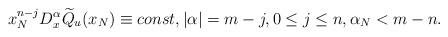
LaTeX: \begin{align*}x_{N}^{n-j}D_{x}^{\alpha}\widetilde{Q}_{u}(x_{N})\equiv const,|\alpha|=m-j,0\leq j\leq n,\alpha_{N}<m-n. \end{align*}